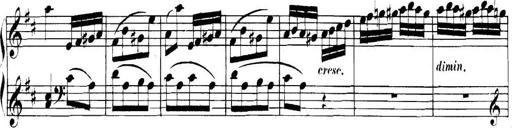
Title: Collected Piano Sonatas
Composer: Muzio Clementi